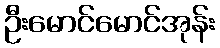
ဦးမောင်မောင်အုန်း